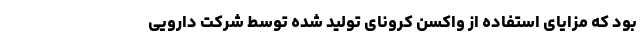
بود که مزایای استفاده از واکسن کرونای تولید شده توسط شرکت دارویی